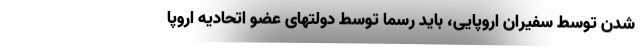
شدن توسط سفیران اروپایی، باید رسما توسط دولتهای عضو اتحادیه اروپا